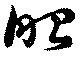
昭